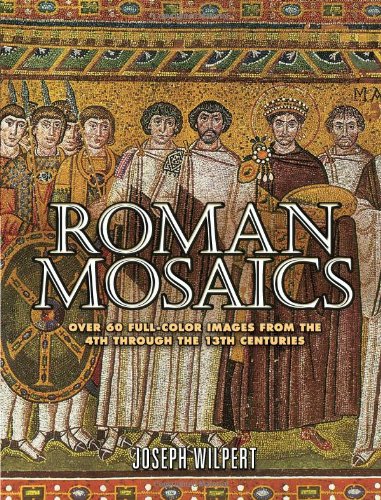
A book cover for Roman Mosaics: Over 60 Full-Color Images from the 4th Through the 13th Centuries; Joseph Wilpert; Crafts, Hobbies & Home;